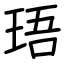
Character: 珸